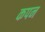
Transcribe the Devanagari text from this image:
कपन